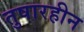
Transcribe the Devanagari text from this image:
तुषारहीन